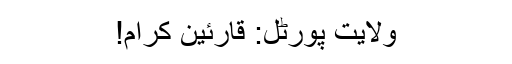
ولایت پورٹل: قارئین کرام!